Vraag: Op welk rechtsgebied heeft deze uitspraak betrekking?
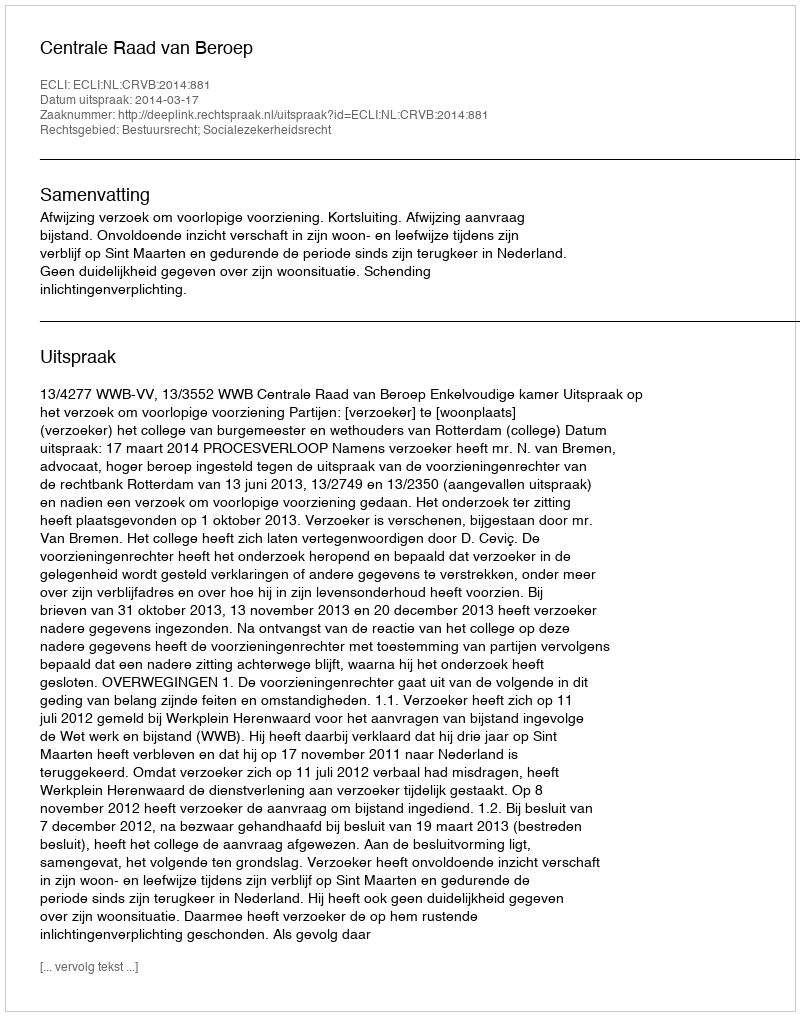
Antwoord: Bestuursrecht; Socialezekerheidsrecht